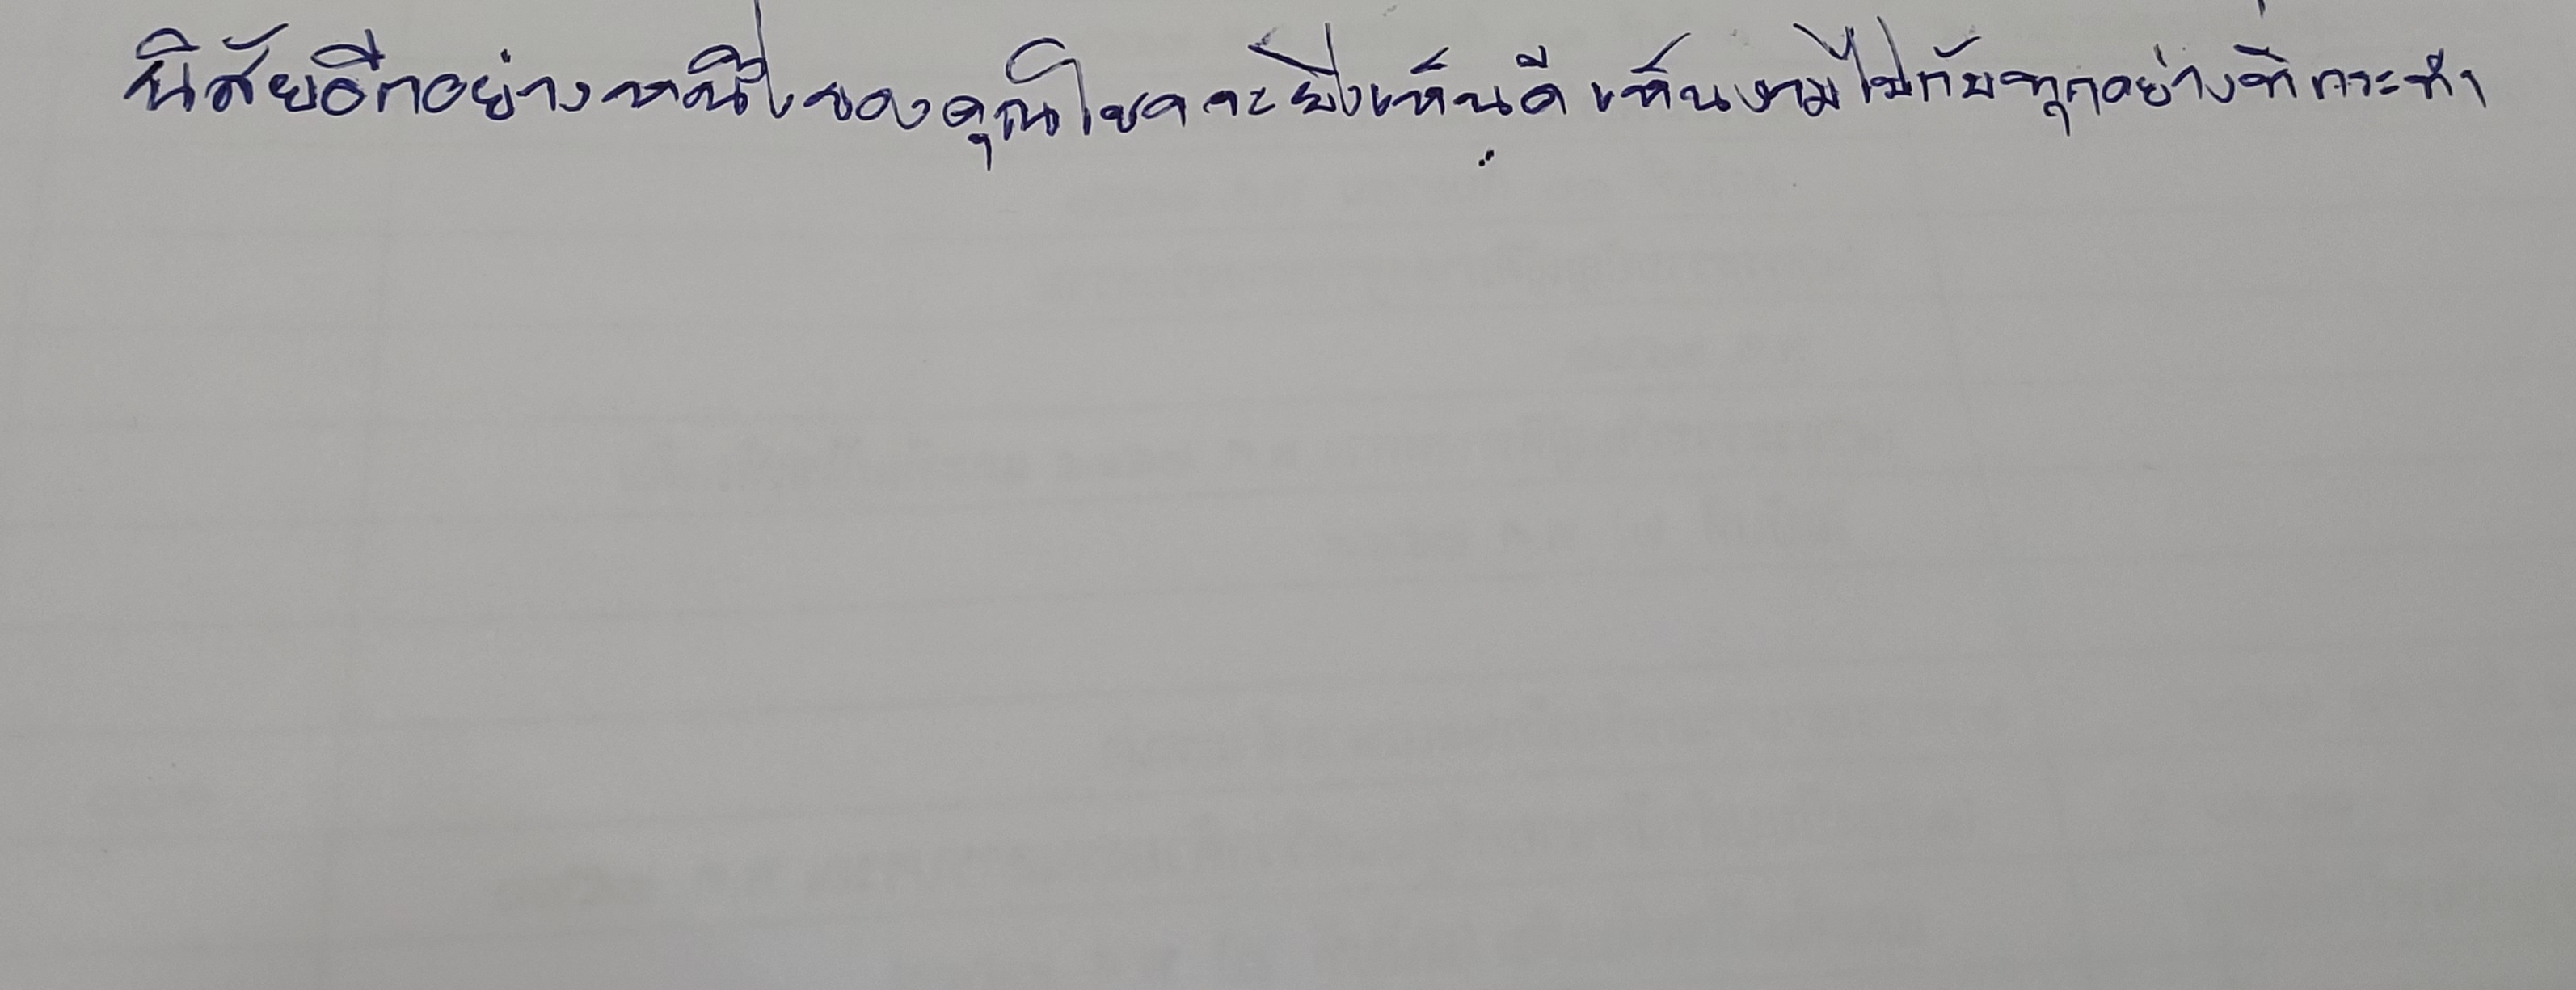
นิสัยอีกอย่างหนึ่งของคุณโชคจะยิ่งเห็นดีเห็นงามไปกับทุกอย่างที่กระทำ